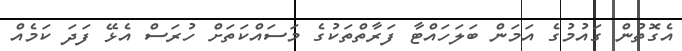
އެގޮތުން ގައުމުގެ އަމަން ބަލަހައްޓާ ފަރާތްތަކުގެ މަސައްކަތަށް ހުރަސް އެޅޭ ފަދަ ކަމެއް